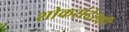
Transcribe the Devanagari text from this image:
शोकसंदेशही